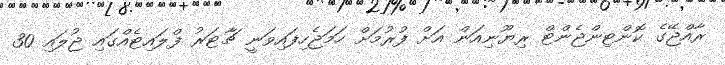
ރާއްޖޭގެ ކޮންޓިންޖެންޓް ރިޔޫނިއަން އަށް ފުރުމަށް ހަމަޖެހިފައިވަނީ ޗާޓަރު ފްލައިޓެއްގައި ޖުލައި 30